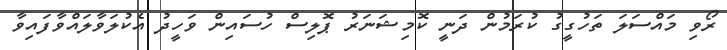
ރޯވި މައްސަލަ ތަހުގީގު ކުރަމުން ދަނީ ކޮމިޝަނަރު ޕޮލިސް ހުސައިން ވަހީދު އެކުލަވާލައްވާފައިވާ